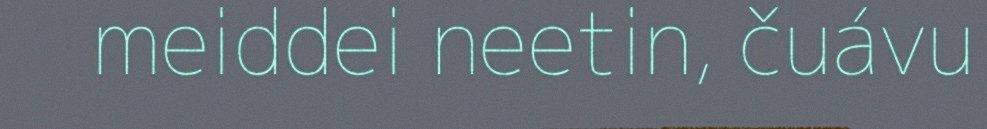
meiddei neetin, čuávu